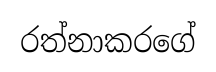
රත්නාකරගේ